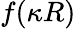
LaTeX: f(\kappa R)